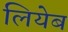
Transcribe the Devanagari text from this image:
लियेब